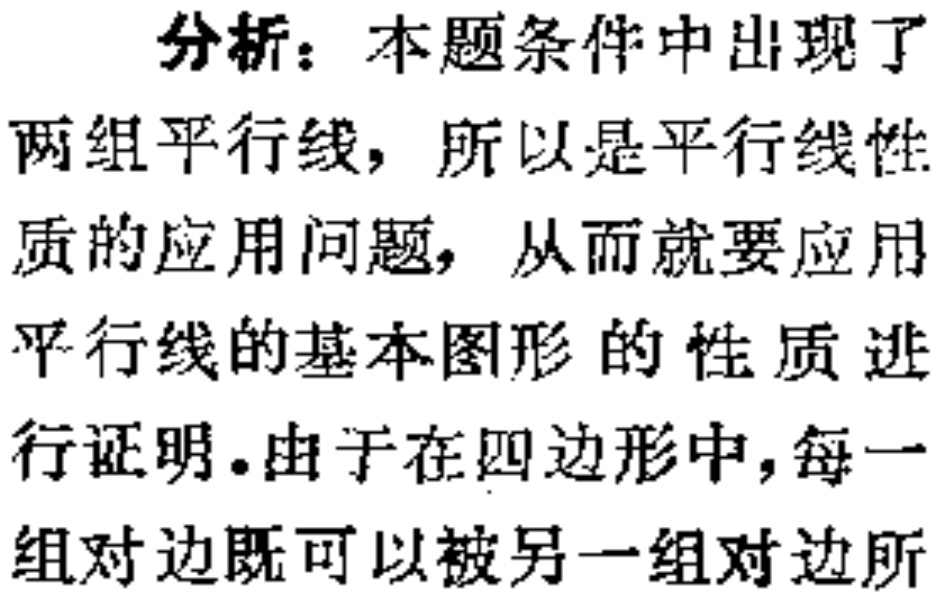
分析：本题条件中出现了

两组平行线，所以是平行线性

质的应用问题，从而就要应用

平行线的基本图形的性质进

行证明。由于在四边形中，每一

组对边既可以被另一组对边所